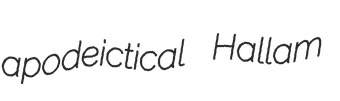
apodeictical Hallam